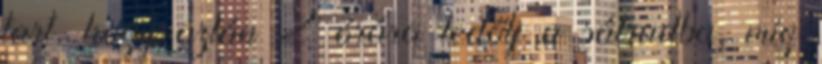
tart, hogy aztán 2 órára ledőlj a sátradba, míg